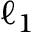
\ell _ { 1 }